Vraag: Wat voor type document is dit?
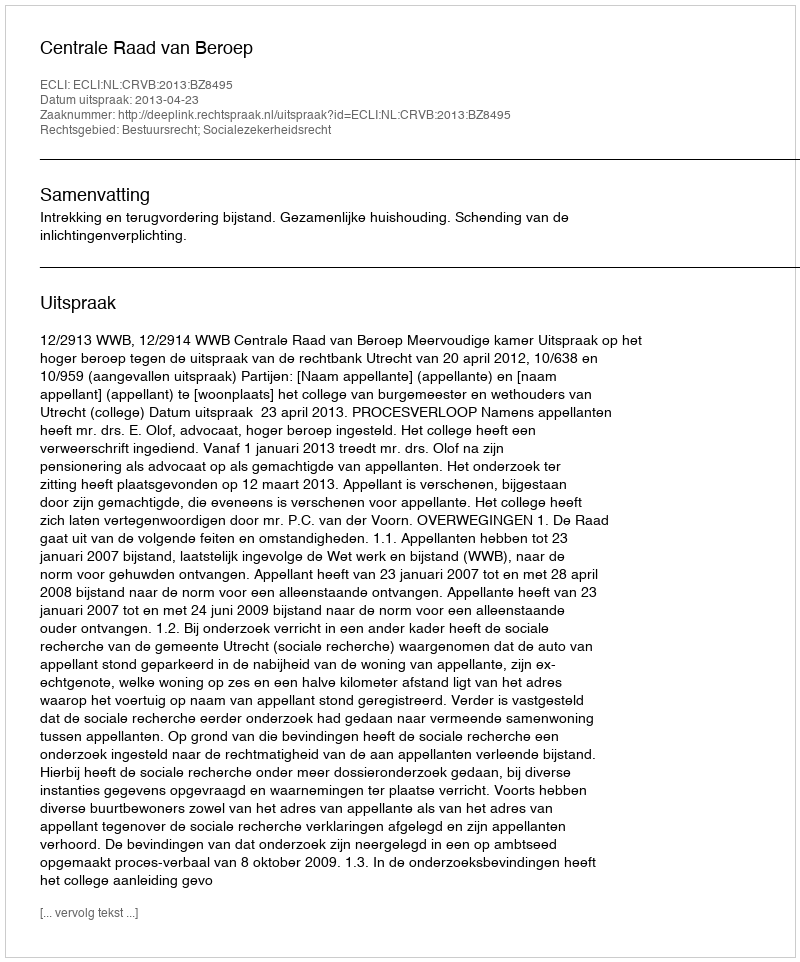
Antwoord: Uitspraak